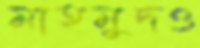
মাহমুদও